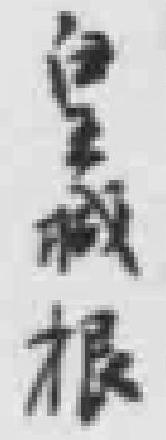
皇城根